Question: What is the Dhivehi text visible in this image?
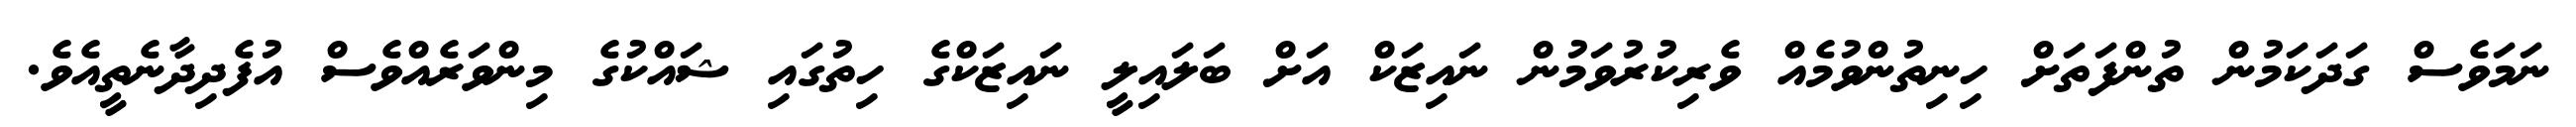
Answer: ނަމަވެސް ގަދަކަމުން ތުންފަތަށް ހިނިތުންވުމެއް ވެރިކުރުވަމުން ނައިޒަކް އަށް ބަލައިލީ ނައިޒަކްގެ ހިތުގައި ޝައްކުގެ މިންވަރެއްވެސް އުފެދިދާނެތީއެވެ.